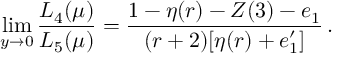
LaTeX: \operatorname * { l i m } _ { y \to 0 } \frac { L _ { 4 } ( \mu ) } { L _ { 5 } ( \mu ) } = \frac { 1 - \eta ( r ) - Z ( 3 ) - e _ { 1 } } { ( r + 2 ) [ \eta ( r ) + e _ { 1 } ^ { \prime } ] } \, .